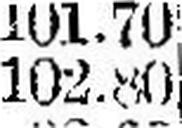
102.80